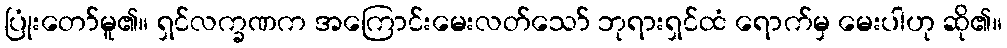
ပြုံးတော်မူ၏။ ရှင်လက္ခဏက အကြောင်းမေးလတ်သော် ဘုရားရှင်ထံ ရောက်မှ မေးပါဟု ဆို၏။